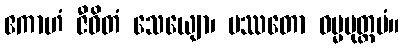
ဧကာဟံ ဇီဝိတံ သေယျော၊ ပဿတော ဓမ္မမုတ္တမံ။